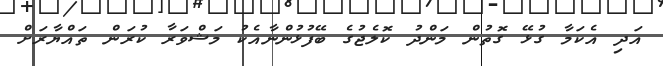
އަދި އެކަމާ ގުޅޭ ގޮތުން މަންދު ކޮލެޖުގެ ބޭފުޅުންނާއެކު މަޝްވަރާ ކުރަން ތައްޔާރަށް